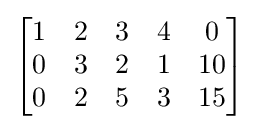
{\begin{bmatrix}1&2&3&4&0\\0&3&2&1&10\\0&2&5&3&15\end{bmatrix}}